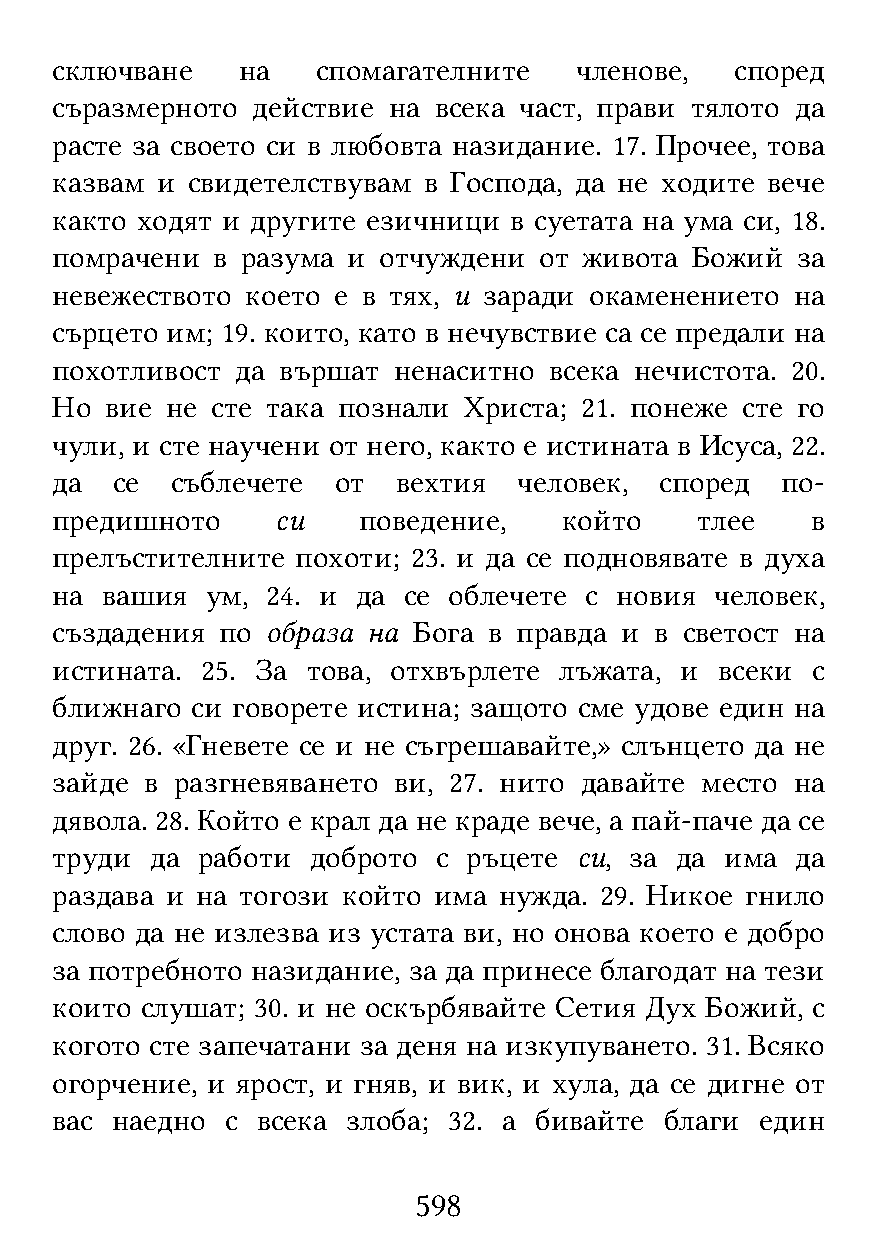
сключване    на   спомагателните   членове,   според
 съразмерното  действие на всека част, прави тялото да
 расте за своето си в любовта назидание. 17. Прочее, това
 казвам и свидетелствувам в Господа, да не ходите вече
 както ходят и другите езичници в суетата на ума си, 18.
 помрачени  в разума и отчуждени  от живота Божий  за
 невежеството което е в тях, и заради окаменението на
 сърцето им; 19. които, като в нечувствие са се предали на
 похотливост  да вършат ненаситно всека нечистота. 20.
 Но  вие не сте така познали Христа; 21. понеже сте го
 чули, и сте научени от него, както е истината в Исуса, 22.
 да  се  съблечете  от  вехтия  человек,  според  по-
 предишното     си    поведение,   който    тлее    в
 прелъстителните  похоти; 23. и да се подновявате в духа
 на  вашия  ум, 24. и да се облечете с новия человек,
 създадения  по образа на Бога в правда и в светост на
 истината. 25. За това, отхвърлете лъжата, и  всеки с
 ближнаго  си говорете истина; защото сме удове един на
 друг. 26. «Гневете се и не съгрешавайте,» слънцето да не
 зайде  в разгневяването ви, 27. нито давайте место на
 дявола. 28. Който е крал да не краде вече, а пай-паче да се
 труди  да работи  доброто с ръцете си, за да има  да
 раздава и на тогози който има нужда. 29. Никое гнило
 слово да не излезва из устата ви, но онова което е добро
 за потребното назидание, за да принесе благодат на тези
 които слушат; 30. и не оскърбявайте Сетия Дух Божий, с
 когото сте запечатани за деня на изкупуването. 31. Всяко
 огорчение, и ярост, и гняв, и вик, и хула, да се дигне от
 вас наедно  с всека злоба; 32. а бивайте благи един
 598